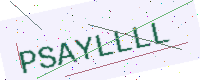
Text: PSAYLLLL